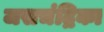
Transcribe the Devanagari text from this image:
जसचंद्रिका